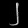
Digit: ၂